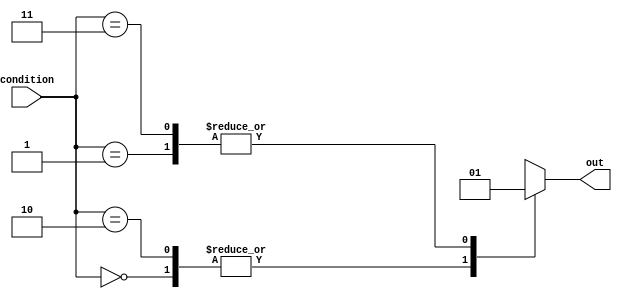
module generate_case (
  input [1:0] condition,
  output reg out
);

always @*
begin
  case (condition)
    2'b00: out = 1'b0;
    2'b01: out = 1'b1;
    2'b10: out = 1'b0;
    2'b11: out = 1'b1;
  endcase
end

endmodule